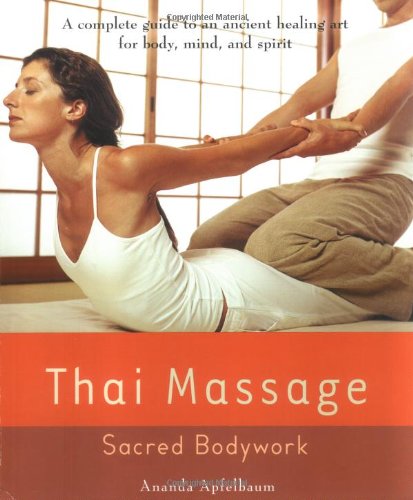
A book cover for Thai Massage: Sacred Body Work (Avery Health Guides); Ananda Apfelbaum; Health, Fitness & Dieting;